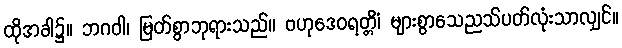
ထိုအခါ၌။ ဘဂဝါ၊ မြတ်စွာဘုရားသည်။ ဗဟုဒေဝရတ္တိံ၊ များစွာသေညသ်ပတ်လုံးသာလျှင်။